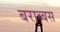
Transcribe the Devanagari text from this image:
बराब्बस